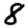
Digit: 8